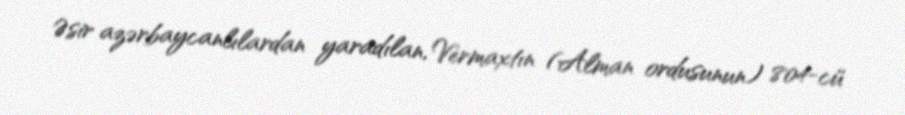
Əsir azərbaycanlılardan yaradılan, Vermaxtın (Alman ordusunun) 804-cü